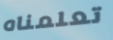
تعلمناه